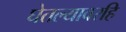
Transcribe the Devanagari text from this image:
घेतल्यावरहि